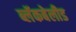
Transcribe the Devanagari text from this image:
ब्लॅकबेलीड